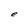
Character: e